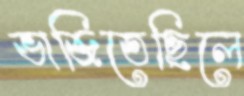
ভাজিতেছিলে